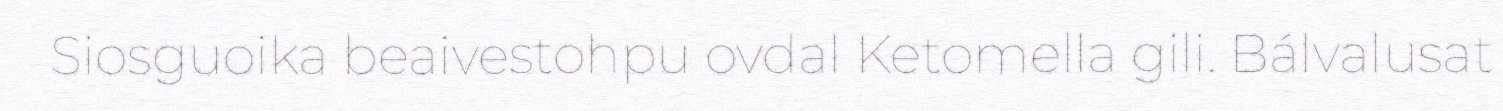
Siosguoika beaivestohpu ovdal Ketomella gili. Bálvalusat